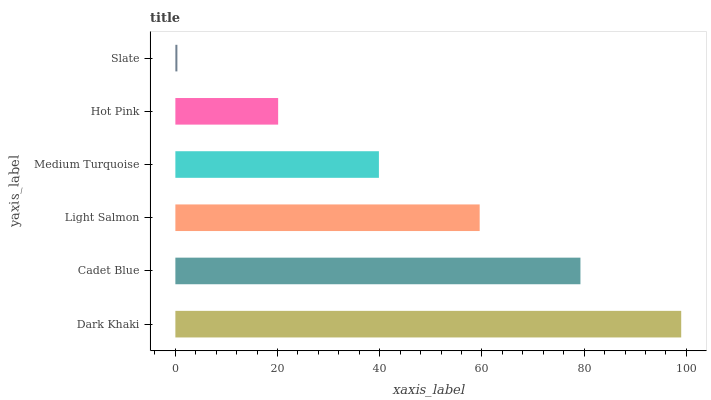
| yaxis_label | bars |
 | --- | --- |
 | Dark Khaki | 99 |
 | Cadet Blue | 79.3 |
 | Light Salmon | 59.6 |
 | Medium Turquoise | 39.8 |
 | Hot Pink | 20.1 |
 | Slate | 0.395 |